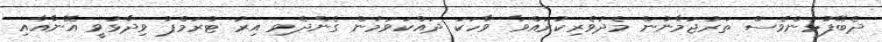
ދެބޭފުޅުންވެސް ތަރުޖަމާނުން މެދުވެރިކުރައްވާ ވާހަކަ ދައްކަވަމުން ގެންދެވި އިރު ޓްރަމްޕު ވިދާޅުވީ އޭނާއާއި